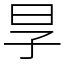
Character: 㫗